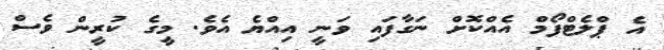
އެ ޕްލެޓްފޯމް އެއްކޮށް ނަގާފައި ވަނީ އިއްޔެ އެވެ. މީގެ ކުރީން ވެސް